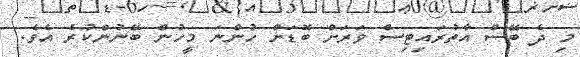
މި ދެ ބޭސް އާތުރައިޓިސް ވަރަށް ބޮޑަށް ހުންނަ މީހުން ބޭނުންކުރެ އެވެ.